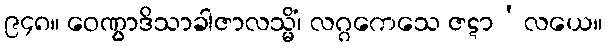
၉၄၈။ ဝေဏွာဒိသာခါဇာလသ္မိံ၊ လဂ္ဂကေသေ ဇဋာ’လယေ။